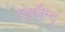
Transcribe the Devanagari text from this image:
इङ्लैन्द्